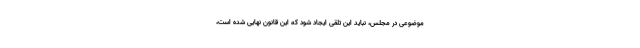
موضوعی در مجلس، نباید این تلقی ایجاد شود که این قانون نهایی شده است،